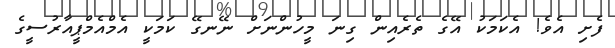
ފެށި އެވެ! އެކަމަކު އޭގެ ތެރެއިން ގިނަ މީހުންނަށް ނޭނގޭ ކަމަކީ އެމްއެމްޕީއާރުސީގެ